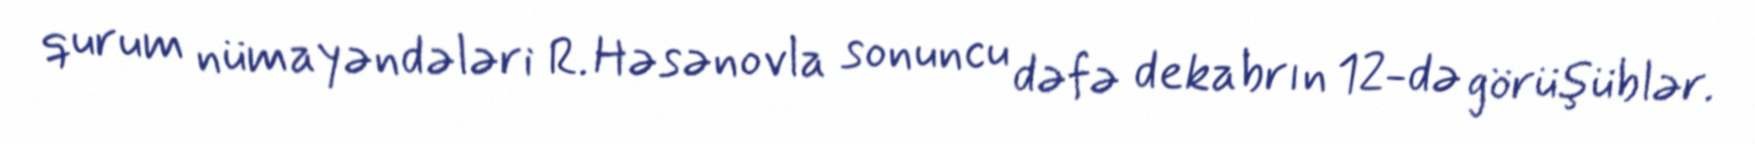
qurum nümayəndələri R. Həsənovla sonuncu dəfə dekabrın 12-də görüşüblər.